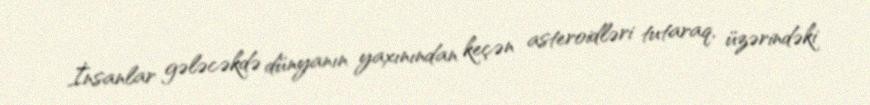
İnsanlar gələcəkdə dünyanın yaxınından keçən asteroidləri tutaraq, üzərindəki